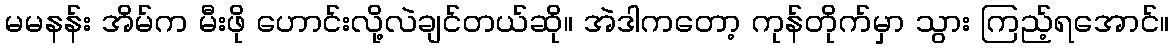
မမနန်း အိမ်က မီးဖို ဟောင်းလို့လဲချင်တယ်ဆို။ အဲဒါကတော့ ကုန်တိုက်မှာ သွား ကြည့်ရအောင်။